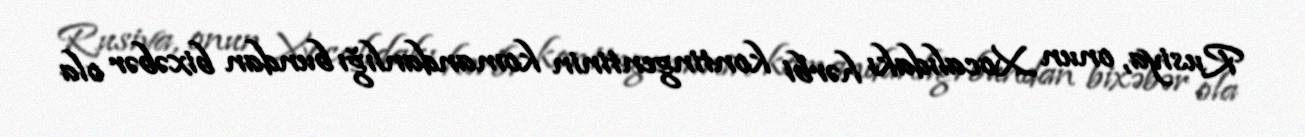
Rusiya, onun Xocalıdakı hərbi kontingentinin komandanlığı bundan bixəbər ola